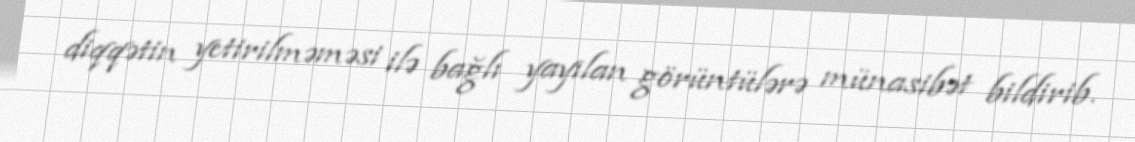
diqqətin yetirilməməsi ilə bağlı yayılan görüntülərə münasibət bildirib.